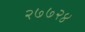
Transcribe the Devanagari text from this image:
२७७२४